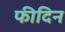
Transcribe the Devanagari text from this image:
फीदिन